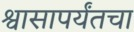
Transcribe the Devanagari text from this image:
श्वासापर्यंतचा